Civil Veterinary Department. Central Provinces & Berar 1932-41 - 1932-1941
Year: 1932
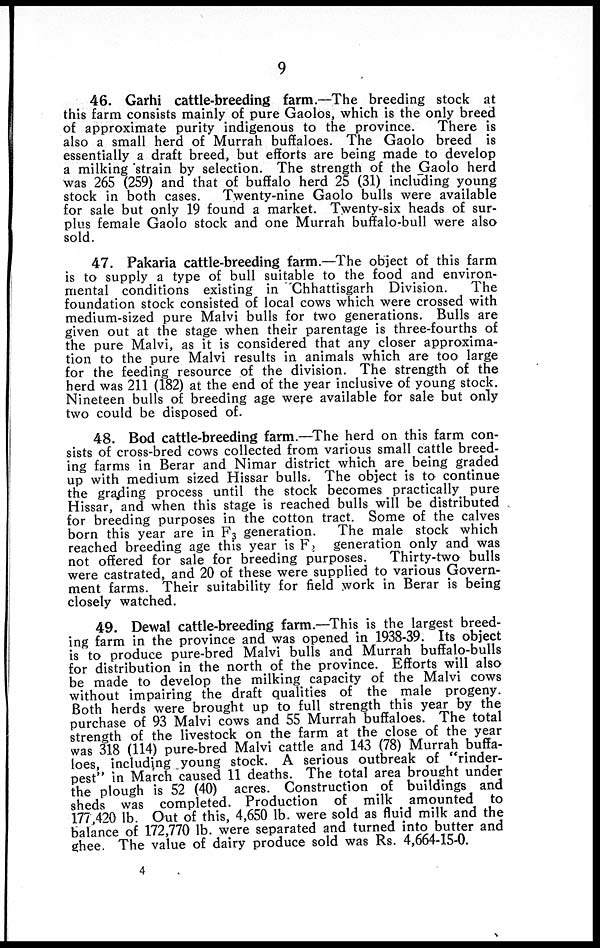
9
46. Garhi cattle-breeding farm.—The breeding stock at
this farm consists mainly of pure Gaolos, which is the only breed
of approximate purity indigenous to the province.
There is
also a small herd of Murrah buffaloes. The Gaolo breed is
essentially a draft breed, but efforts are being made to develop
a milking strain by selection. The strength of the Gaolo herd
was 265 (259) and that of buffalo herd 25 (31) including young
stock in both cases. Twenty-nine Gaolo bulls were available
for sale but only 19 found a market. Twenty-six heads of sur-
plus female Gaolo stock and one Murrah buffalo-bull were also
sold.
47. Pakaria cattle-breeding farm.—The object of this farm
is to supply a type of bull suitable to the food and environ-
mental conditions existing in Chhattisgarh Division.
The
foundation stock consisted of local cows which were crossed with
medium-sized pure Malvi bulls for two generations. Bulls are
given out at the stage when their parentage is three-fourths of
the pure Malvi, as it is considered that any closer approxima-
tion to the pure Malvi results in animals which are too large
for the feeding resource of the division. The strength of the
herd was 211 (182) at the end of the year inclusive of young stock.
Nineteen bulls of breeding age were available for sale but only
two could be disposed of.
48. Bod cattle-breeding farm.—The herd on this farm con-
sists of cross-bred cows collected from various small cattle breed-
ing farms in Berar and Nimar district which are being graded
up with medium sized Hissar bulls. The object is to continue
the grading process until the stock becomes practically pure
Hissar, and when this stage is reached bulls will be distributed
for breeding purposes in the cotton tract. Some of the calves
born this year are in F 3 generation. The male stock which
reached breeding age this year is F, generation only and was
not offered for sale for breeding purposes.
Thirty-two bulls
were castrated, and 20 of these were supplied to various Govern-
ment farms. Their suitability for field work in Berar is being
closely watched.
49. Dewal cattle-breeding farm.—This is the largest breed-
ing farm in the province and was opened in 1938-39. Its object
is to produce pure-bred Malvi bulls and Murrah buffalo-bulls
for distribution in the north of the province. Efforts will also
be made to develop the milking capacity of the Malvi cows
without impairing the draft qualities of the male progeny.
Both herds were brought up to full strength this year by the
purchase of 93 Malvi cows and 55 Murrah buffaloes. The total
strength of the livestock on the farm at the close of the year
was 318 (114) pure-bred Malvi cattle and 143 (78) Murrah buffa-
loes, including young stock. A serious outbreak of "rinder-
pest" in March caused 11 deaths. The total area brought under
the plough is 52 (40) acres. Construction of buildings and
sheds was completed. Production of milk amounted to
177,420 lb. Out of this, 4,650 lb. were sold as fluid milk and the
balance of 172,770 lb. were separated and turned into butter and
ghee. The value of dairy produce sold was Rs. 4,664-15-0.